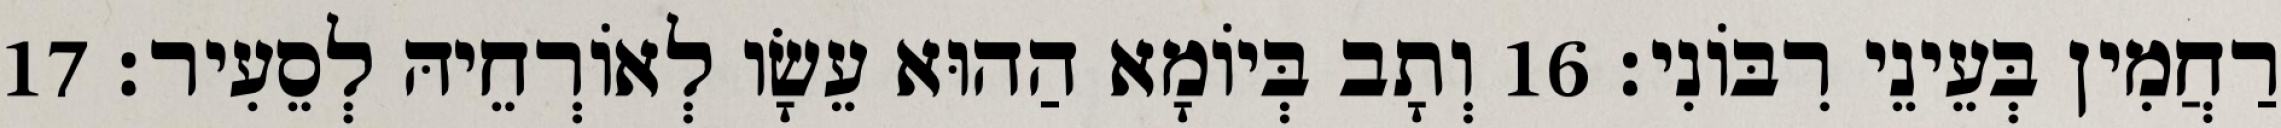
רַחֲמִין בְּעֵינֵי רִבּוֹנִי׃ 16 וְתָב בְּיוֹמָא הַהוּא עֵשָׂו לְאוֹרְחֵיהּ לְסֵעִיר׃ 17